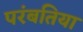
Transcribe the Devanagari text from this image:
परंबतिया